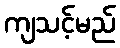
ကျသင့်မည်